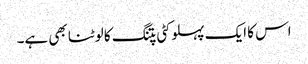
اس کا ایک پہلو کٹی پتنگ کا لوٹنا بھی ہے۔